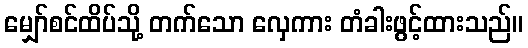
မျှော်စင်ထိပ်သို့ တက်သော လှေကား တံခါးဖွင့်ထားသည်။